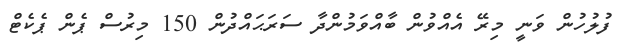
ފުލުހުން ވަނީ މިރޭ އެއްވުން ބާއްވަމުންދާ ސަރަޙައްދުން 150 މިރުސް ޕެން ޕެކެޓް